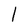
Character: l